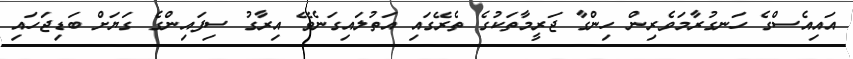
އައިއެސްގެ ހަނގުރާމަވެރިން ހިންގާ ޖަރީމާތަކުގެ ތެރޭގައި އަތުލައިގަނެވޭ އިރާގު ސިފައިންގެ ގަޔަށް ބަޑިޖަހައި